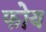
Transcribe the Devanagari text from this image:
फोय